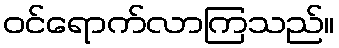
ဝင်ရောက်လာကြသည်။